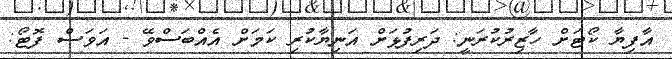
އާފިޔާ ކޯޓަށް ހާޒިރުކުރަނީ: ދަރިފުޅަށް އަނިޔާކުރި ކަމަށް އެއްބަސްވޭ - އަވަސް ފޮޓޯ: